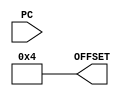
module pc_adder (
	input[31:0] PC,
	output[31:0] OFFSET);

	reg[31:0] OFFSET;

	always @(PC) begin
		// default offset(4 bit) is set 
		// with time delay of 1 time unit
		#1 OFFSET = 4;
	end

endmodule